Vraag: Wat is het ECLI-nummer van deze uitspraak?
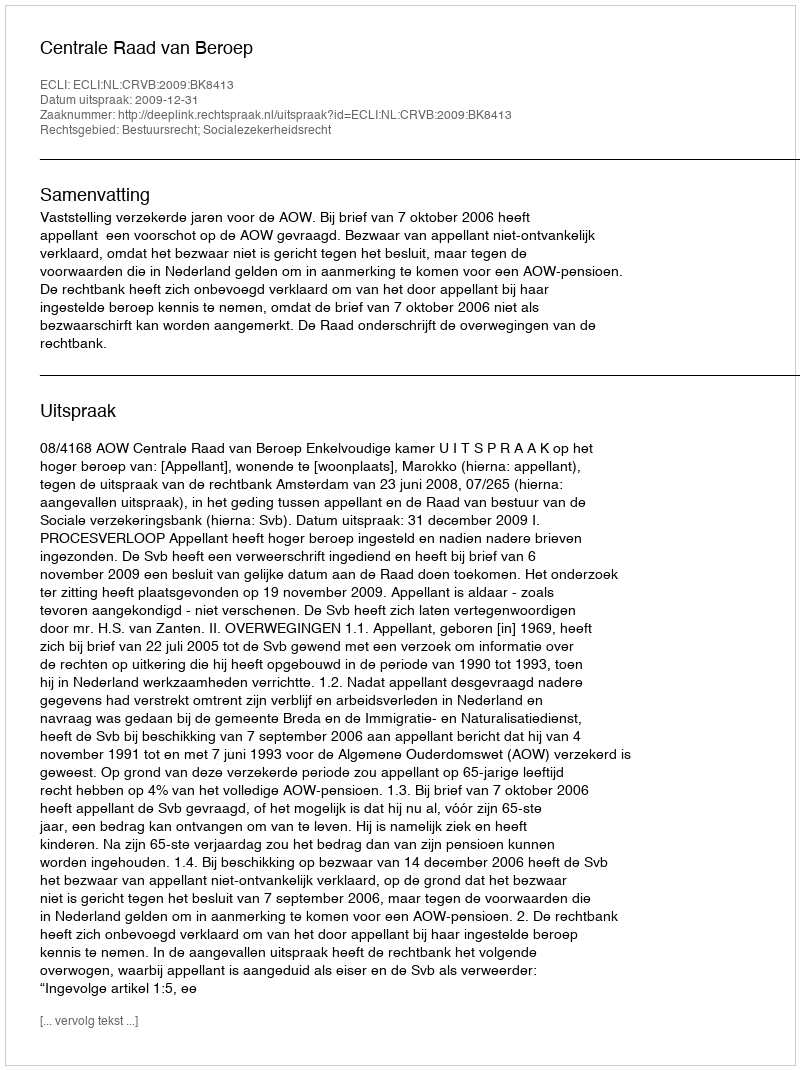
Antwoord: ECLI:NL:CRVB:2009:BK8413